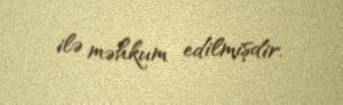
ilə məhkum edilmişdir.